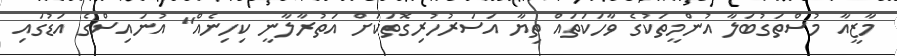
މާޒީއާ މުސްތަގުބަލާ އުންމީތަކުގެ ވާހަކަތައް ތިޔާ އަސަރުހުރިގޮތަކަށް އަތުރާލާނީ ކިހިނެއް" އުނައިސްގެ އަޑުގައި